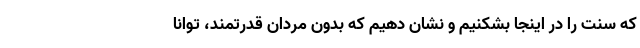
که سنت را در اینجا بشکنیم و نشان دهیم که بدون مردان قدرتمند، توانا